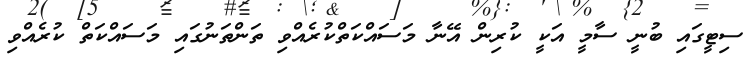
ސިޓީގައި ބުނީ ސާމީ އަކީ ކުރިން އޭނާ މަސައްކަތްކުރެއްވި ތަންތަނުގައި މަސައްކަތް ކުރެއްވި